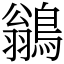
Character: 鶲